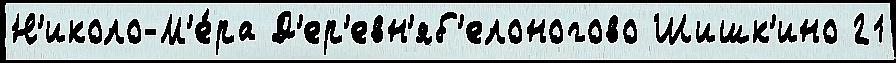
Н'иколо-М'е́ра Д'ер'евн'яб'елоногово Шишк'ино 21